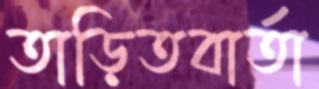
তাড়িতবার্তা